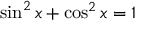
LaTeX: \sin ^ { 2 } x + \cos ^ { 2 } x = 1